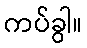
ကပ်ခွါ။